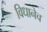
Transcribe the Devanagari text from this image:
विधानेच